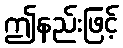
ဤနည်းဖြင့်